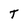
Character: T